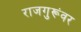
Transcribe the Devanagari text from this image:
राजगुरूंवर